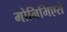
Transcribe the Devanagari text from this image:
मोनिमिएसे